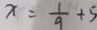
x = \frac { 1 } { 9 } + 5